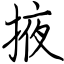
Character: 掖